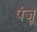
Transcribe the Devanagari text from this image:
पंजू